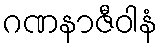
ဂဏနာဇီဝါနံ